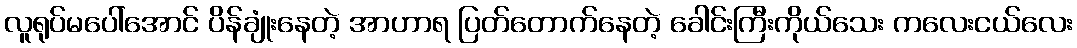
လူရုပ်မပေါ်အောင် ပိန်ချုံးနေတဲ့ အာဟာရ ပြတ်တောက်နေတဲ့ ခေါင်းကြီးကိုယ်သေး ကလေးငယ်လေး